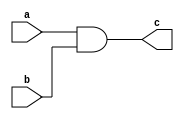

module pand (input wire a,b,output wire c);

assign c = a&b;

endmodule